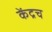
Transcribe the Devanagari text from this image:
केंद्रच